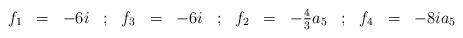
LaTeX: \begin{align*}\begin{array}{rclcrclcrclcrcl}f_{1} & = & -6 i &;& f_{3}& =& -6 i &;&f_{2} & = & - \frac{4}{3} a_5 &;& f_{4} &=& -8i a_{5}\end{array}\end{align*}